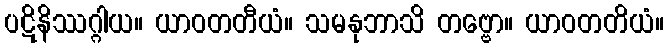
ပဋိနိဿဂ္ဂါယ။ ယာဝတတီယံ။ သမနုဘာသိ တဗ္ဗော။ ယာဝတတိယံ။